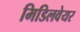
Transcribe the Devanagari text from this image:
मिडिलवेयर